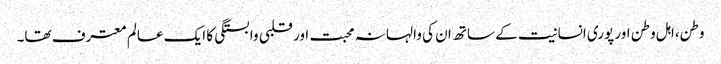
وطن،اہل وطن اور پوری انسانیت کے ساتھ ان کی والہانہ محبت اور قلبی وابستگی کا ایک عالم معترف تھا۔